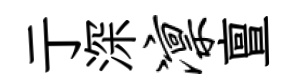
亍深凛亶